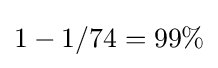
1-1/74=99\%